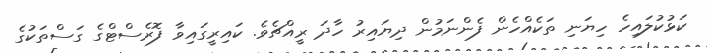
ކަޅުކުލައިހެ ހިޔަނި ތަކެއްހެން ފެންނަމުން ދިޔައިރު ހާދަ ރީއްޗެވެ. ކައިރީގައިވާ ފޮރެސްޓްގެ ގަސްތަކުގެ